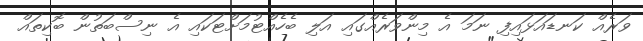
ވަރެއް ކަނޑައަޅައިފި ނަމަ އެ މިންވަރެއްގައި އަލި ބެހެއްޓުމަށްޓަކައި އެ ނިސްބަތުން ބޮކިތައް